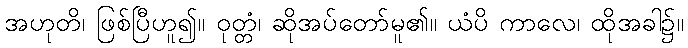
အဟုတိ၊ ဖြစ်ပြီဟူ၍။ ဝုတ္တံ၊ ဆိုအပ်တော်မူ၏။ ယံပိ ကာလေ၊ ထိုအခါ၌။